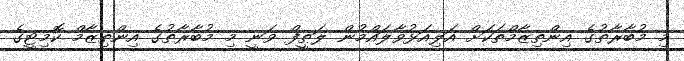
މި މުބާރާތުގެ އިންތިޒާމްތަކަށް އަލިއަޅުވާލައްމުން ލަޠީފް ވަނީ މި މުބާރާތުގެ އިންތިޒާމް ކޮމިޓީގެ